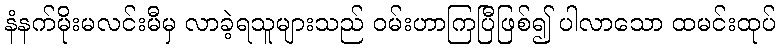
နံနက်မိုးမလင်းမီမှ လာခဲ့ရသူများသည် ဝမ်းဟာကြပြီဖြစ်၍ ပါလာသော ထမင်းထုပ်